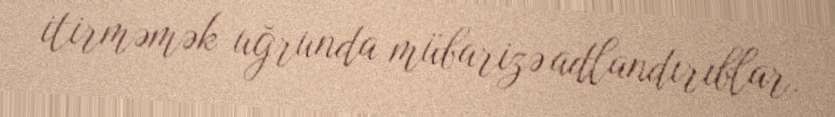
itirməmək uğrunda mübarizə adlandırıblar.